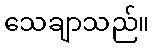
သေချာသည်။